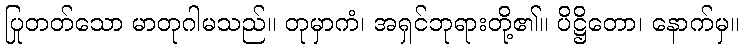
ပြုတတ်သော မာတုဂါမသည်။ တုမှာကံ၊ အရှင်ဘုရားတို့၏။ ပိဋ္ဌိတော၊ နောက်မှ။